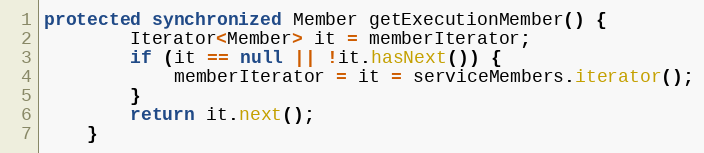
Language: Java
protected synchronized Member getExecutionMember() {
        Iterator<Member> it = memberIterator;
        if (it == null || !it.hasNext()) {
            memberIterator = it = serviceMembers.iterator();
        }
        return it.next();
    }